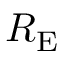
R _ { \mathrm { E } }